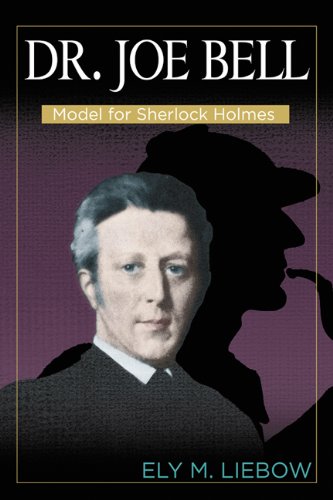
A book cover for Dr. Joe Bell: Model for Sherlock Holmes; Ely M. Liebow; Mystery, Thriller & Suspense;